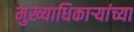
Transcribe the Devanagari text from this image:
मुख्याधिकाऱ्यांच्या